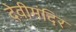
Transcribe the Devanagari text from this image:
देवीमंदिर